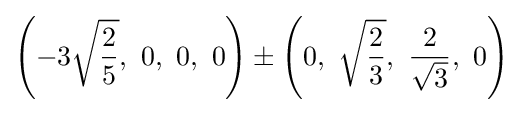
\left(-3{\sqrt {\frac {2}{5}}},\ 0,\ 0,\ 0\right)\pm \left(0,\ {\sqrt {\frac {2}{3}}},\ {\frac {2}{\sqrt {3}}},\ 0\right)